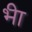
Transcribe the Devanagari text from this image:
भ्‍ीा